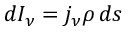
d I _ { \nu } = j _ { \nu } \rho \, d s